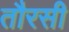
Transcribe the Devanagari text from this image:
तौरसी